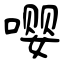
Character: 嘤